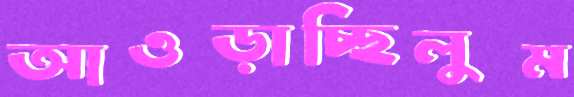
আওড়াচ্ছিলুম